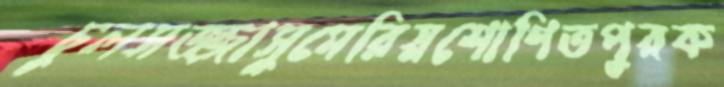
চুলসজ্জাসুমেরিয়শোণিতপুরক